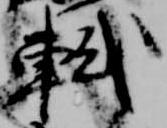
軾